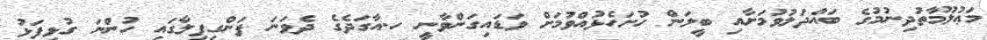
މަޢުލޫމާތުދިނުމުގެ ބައްދަލުވުމަށާއި ބީލަން ހުށަހެޅުއްވުމަށް ވަޑައިގަންވާނީ ހ.އާގަދެގެ ދެވަނަ ފަންގިފިލާގައި ހުންނަ ގުޅިފަޅު